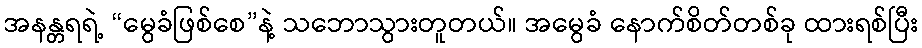
အနန္တရရဲ့ “မွေခံဖြစ်စေ”နဲ့ သဘောသွားတူတယ်။ အမွေခံ နောက်စိတ်တစ်ခု ထားရစ်ပြီး